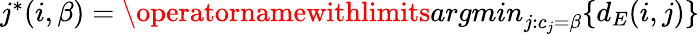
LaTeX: \begin{array}{r}{j^{\ast}(i,\beta)=\operatornamewithlimits{argmin}_{j:c_{j}=\beta}\{ d_{E}(i,j)\} }\end{array}